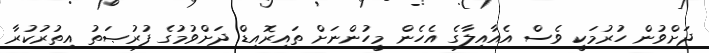
ދަށްވުން ހުރުމަކީ ވެސް އެއާއިލާގެ އެހެން މީހުންނަށް ތައިރޮއިޑް ދަށްވުމުގެ ފުރުޞަތު އިތުރުކުރާ